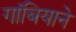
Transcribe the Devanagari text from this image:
गांबियाने